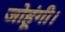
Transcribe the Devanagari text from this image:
जोहूंगी।